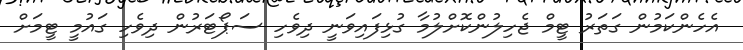
އެހެންކަމުން ގަތަރު ޓީމް ޖެހިލުންކޮށްލުމާ ގުޅިފައިވަނީ ދިވެހި ސަޕޯޓަރުން ދިވެހި ގައުމީ ޓީމަށް